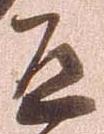
道